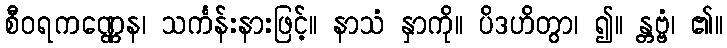
စီဝရကဏ္ဏေန၊ သင်္ကန်းနားဖြင့်။ နာသံ နှာကို။ ပိဒဟိတွာ၊ ၍။ န္တဗ္ဗံ၊ ၏။